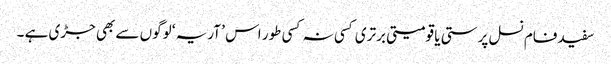
سفید فام نسل پرستی یا قومیتی برتری کسی نہ کسی طور اس ’ آریہ ‘ لوگوں سے بھی جڑی ہے ۔